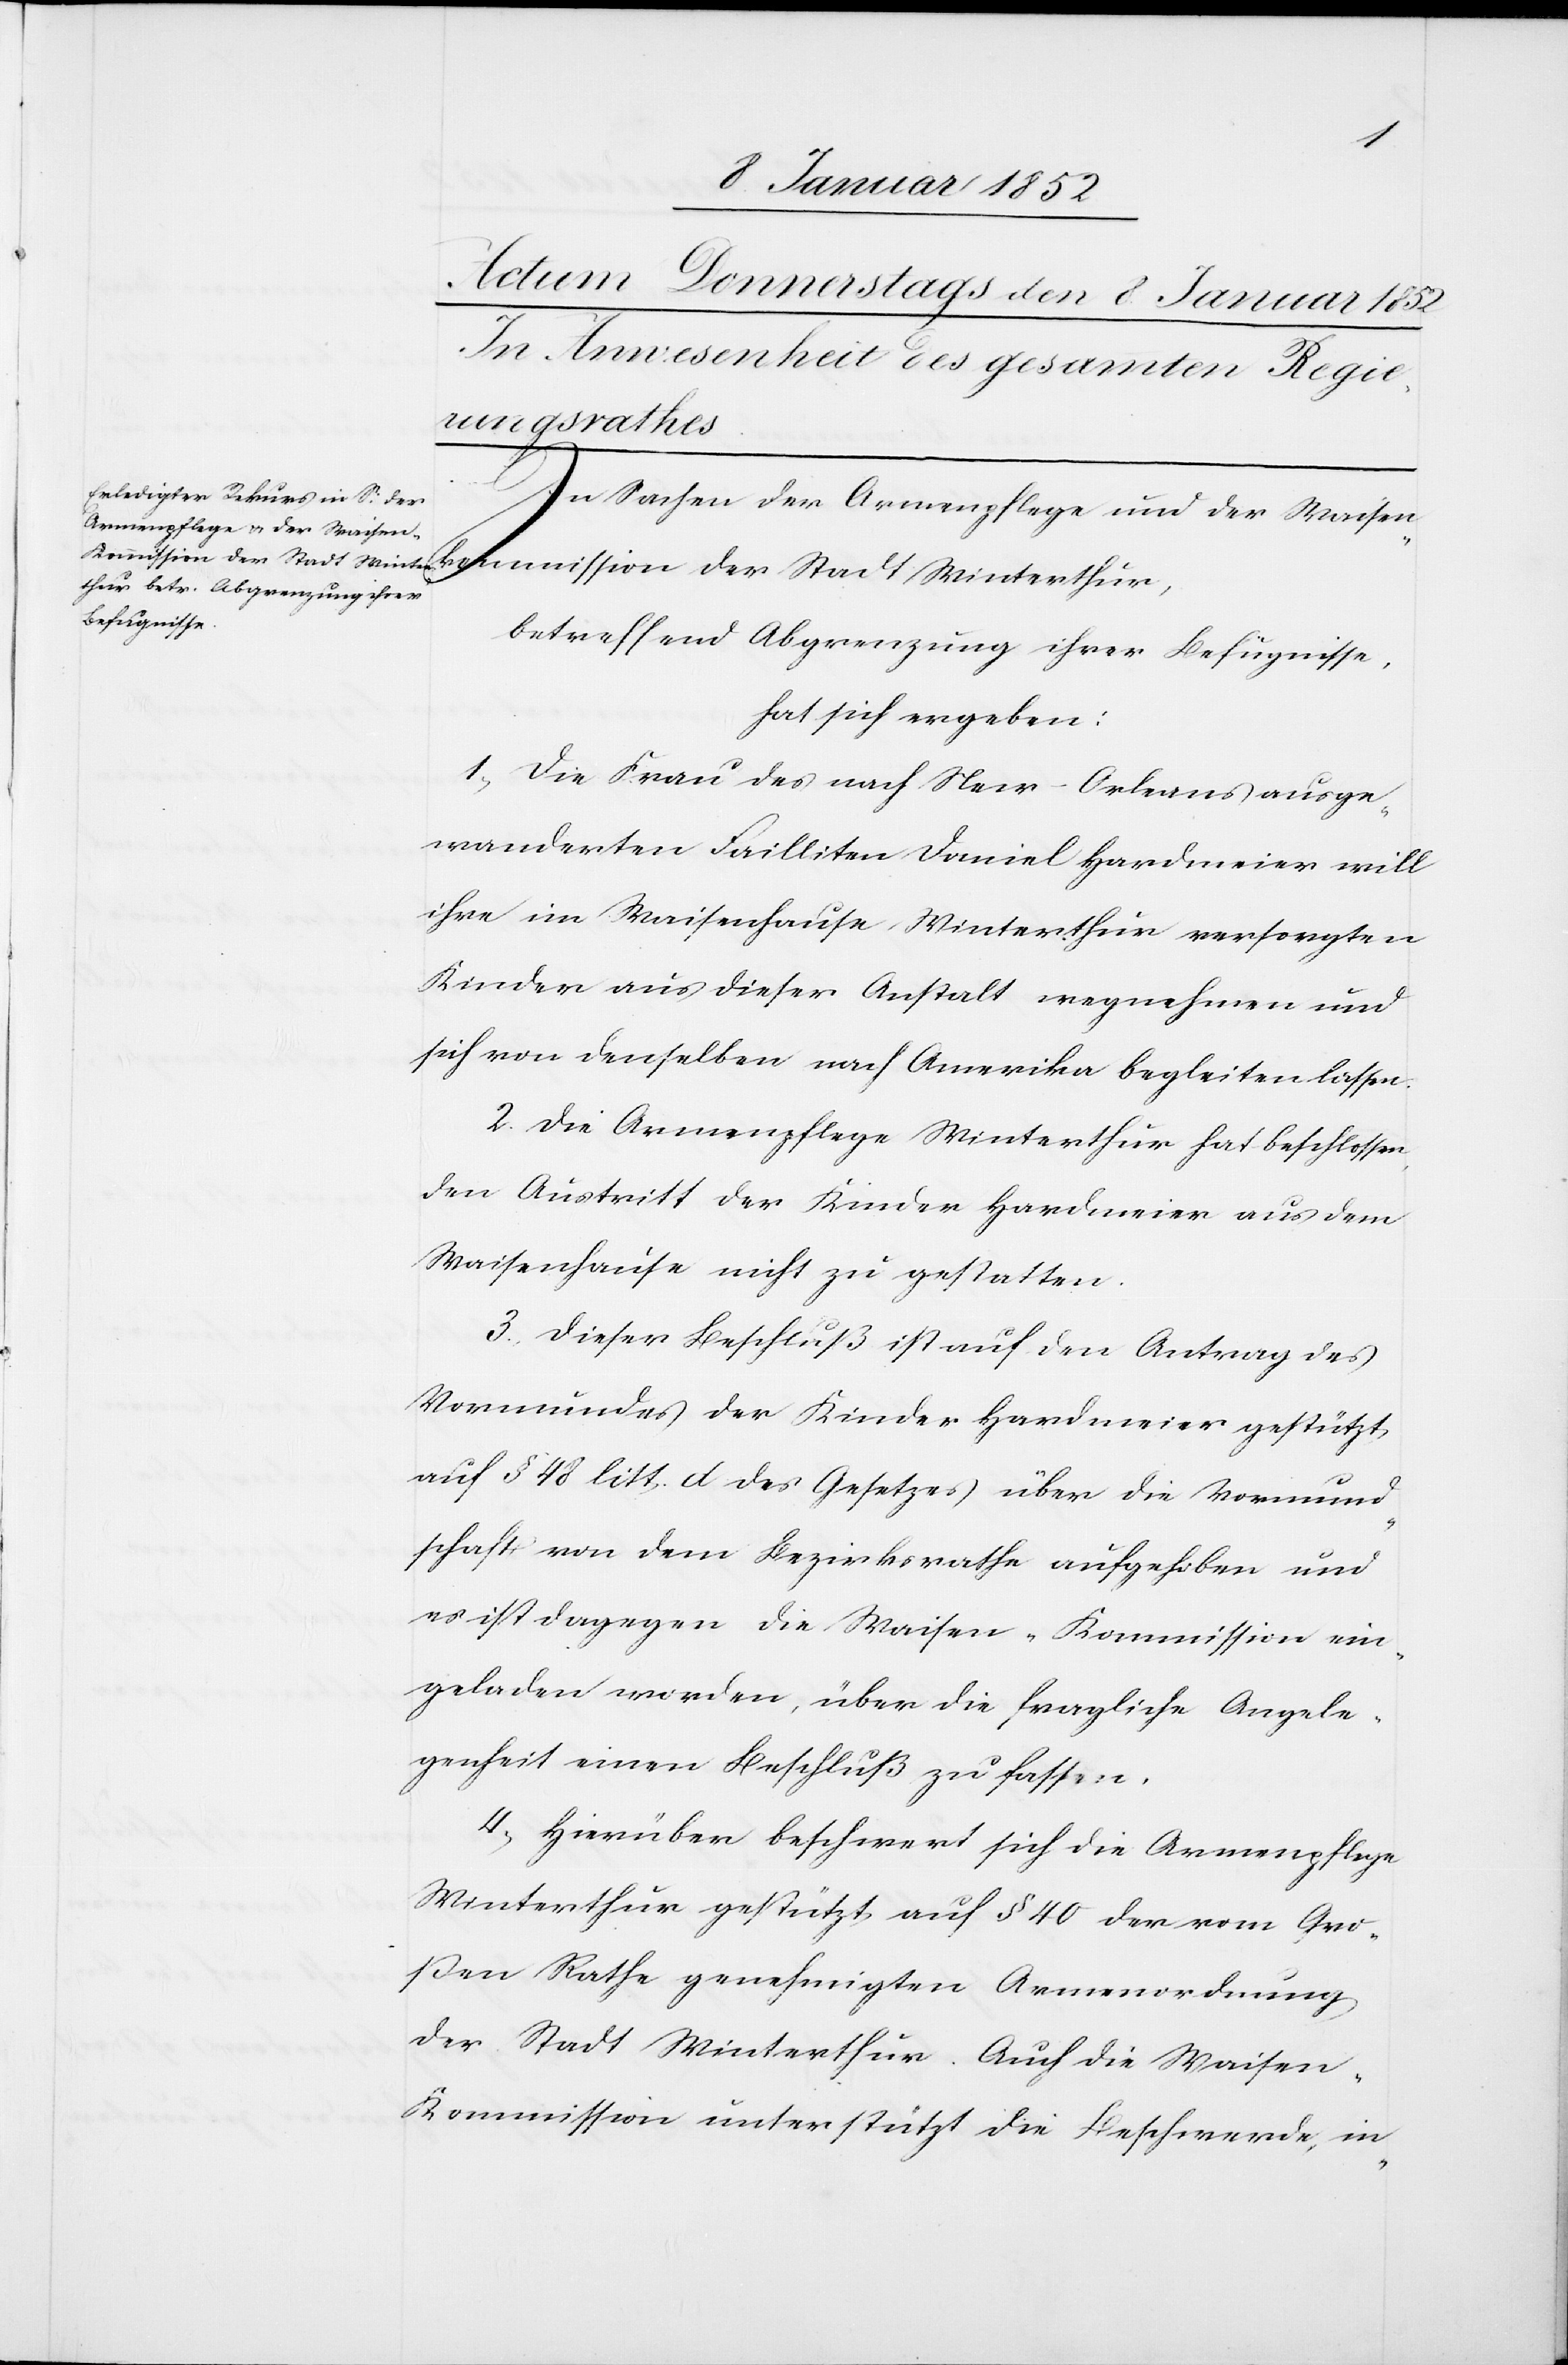
kommission
In Sachen der Armenpflege und der Waisen¬
betreffend Abgrenzung ihrer Befugnisse,
hat sich ergeben:
1, Die Frau des nach New Orleans ausge¬
wanderten Failliten Daniel Hardmeier will
ihre im Waisenhause Winterthur versorgten
Kinder aus dieser Anstalt wegnehmen und
sich von denselben nach Amerika begleiten lassen.
2. Die Armenpflege Winterthur hat beschlossen
den Austritt der Kinder Hardmeier aus dem
Waisenhause nicht zu gestatten.
3. Dieser Beschluß ist auf den Antrag des
Vormundes der Kinder Hardmeier gestützt,
auf § 48 litt. d des Gesetzes, über die Vormund¬
schaft von dem Bezirksrathe aufgehoben und
es ist dagegen die Waisen-Kommission ein¬
geladen worden, über die fragliche Angele¬
genheit einen Beschluß zu fassen.
4., Hierüber beschwere sich die Armenpflege
Winterthur gestützt auf § 40 der vom Gro¬
ßen Rathe genehmigten Armenordnung
der Stadt Winterthur. Auch die Waisen-K¬
ommission unterstützt die Beschwerende, in-